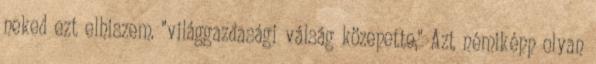
neked ezt elhiszem. "világgazdasági válság közepette," Azt némiképp olyan